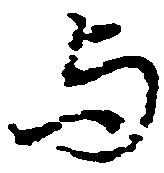
与